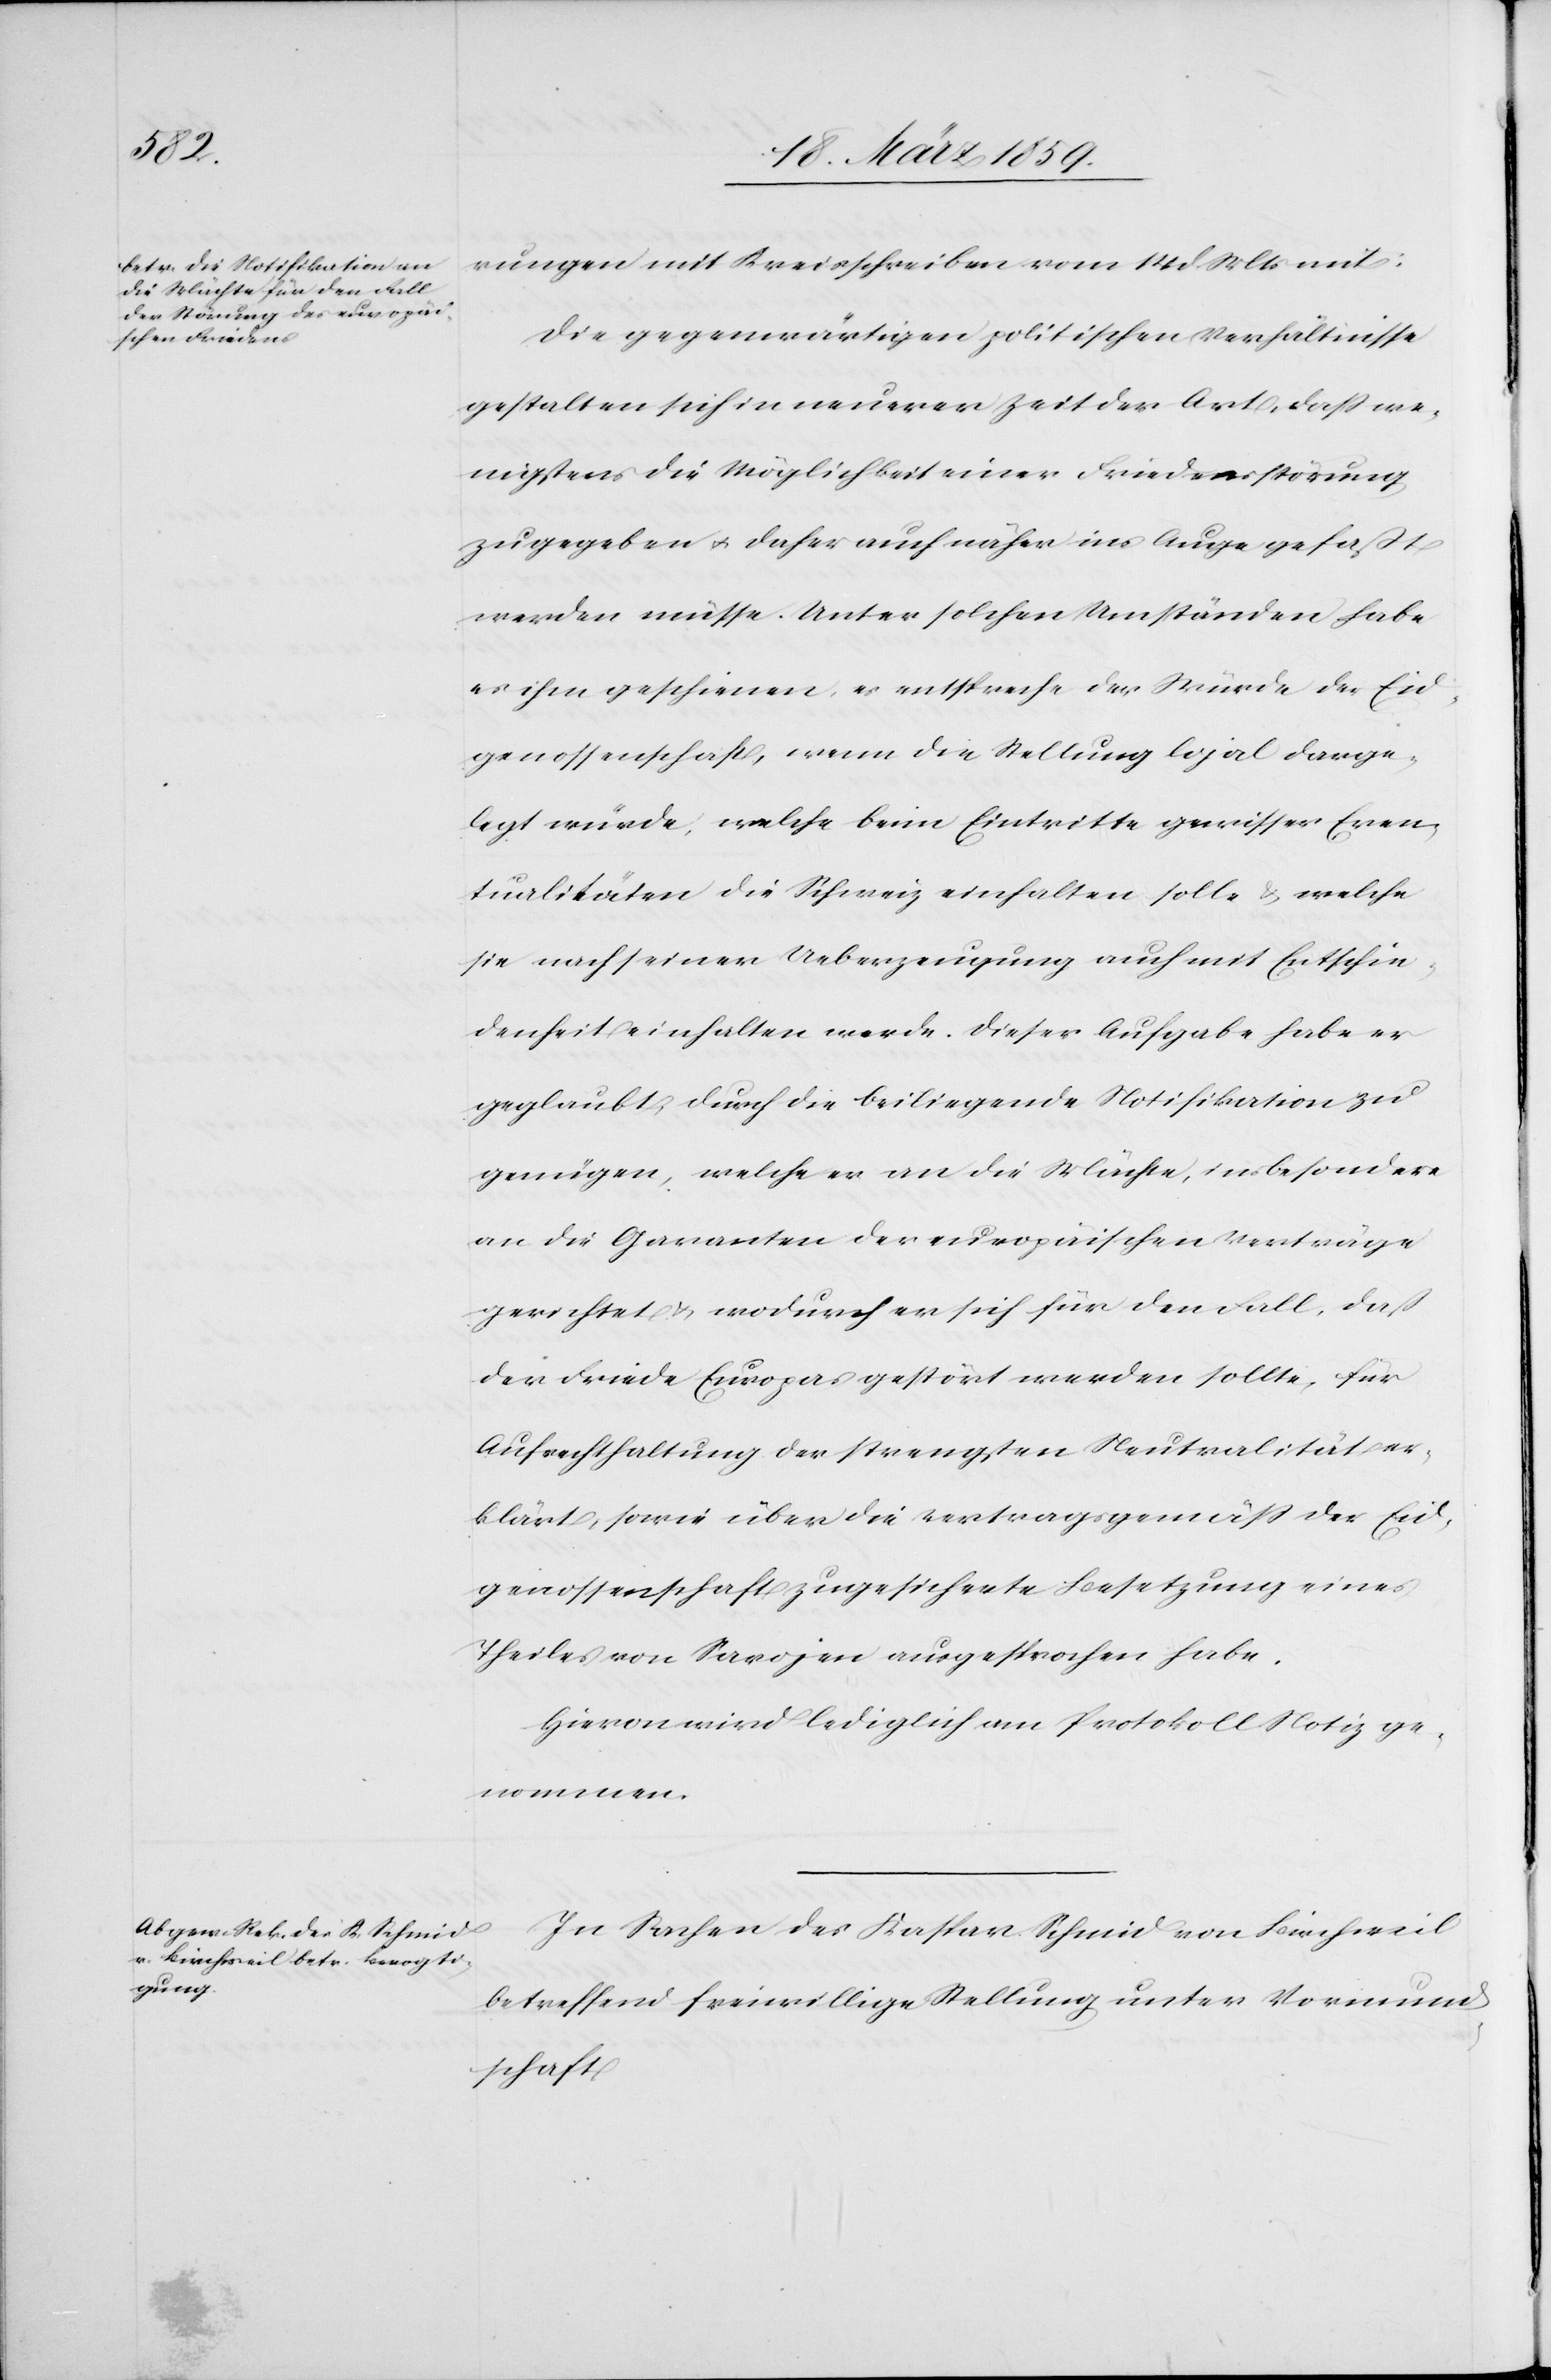
rungen mit Kreisschreiben vom 14 d. Mts mit:
Die gegenwärtigen politischen Verhältnisse
gestalten sich in neuerer Zeit der Art, daß we¬
nigstens die Möglichkeit einer Friedensstörung
zugegeben u. daher auch näher ins Auge gefaßt
werden müsse. Unter solchen Umständen habe
es ihm geschienen, es entspreche der Würde der Eid¬
genossenschaft, wenn die Stellung lojal darge¬
legt würde, welche beim Eintritte gewisser Even¬
tualitäten die Schweiz einhalten solle & welche
sie nach seiner Ueberzeugung auch mit Entschie¬
denheit einhalten werde. Dieser Aufgabe habe er
geglaubt, durch die beiliegende Notifikation zu
genügen, welche er an die Mächte, insbesondere
an die Garanten der europäischen Verträge
gerichtet u. wodurch er sich für den Fall, daß
der Friede Europas gestört werden sollte. für
Aufrechthaltung der strengsten Neutralität er¬
klärt, sowie über die vertragsgemäß der Eid¬
genossenschaft zugesicherte Besetzung eines
Theiles von Savojen ausgesprochen habe.
Hievon wird lediglich am Protokoll Notiz ge¬
nommen.
In Sachen des Kaspar Schmid von Birchweil
betreffend freiwillige Stellung unter Vormund¬
schaft